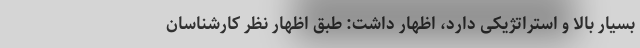
بسیار بالا و استراتژیکی دارد، اظهار داشت: طبق اظهار نظر کارشناسان